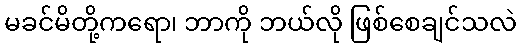
မခင်မိတို့ကရော၊ ဘာကို ဘယ်လို ဖြစ်စေချင်သလဲ